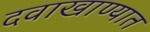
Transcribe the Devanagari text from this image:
दवाखाण्यात